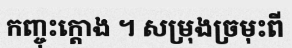
កញ្ចុះក្តោង ។ សម្រុងច្រមុះពី